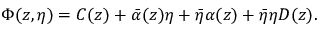
\Phi ( z , \eta ) = C ( z ) + \bar { \alpha } ( z ) \eta + \bar { \eta } \alpha ( z ) + \bar { \eta } \eta D ( z ) .